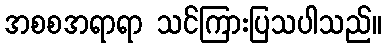
အစစအရာရာ သင်ကြားပြသပါသည်။